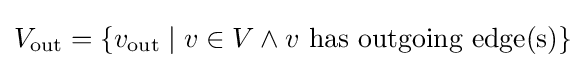
V_{\textrm {out}}=\{v_{\textrm {out}}\mid v\in V\land v{\text{ has outgoing edge(s)}}\}